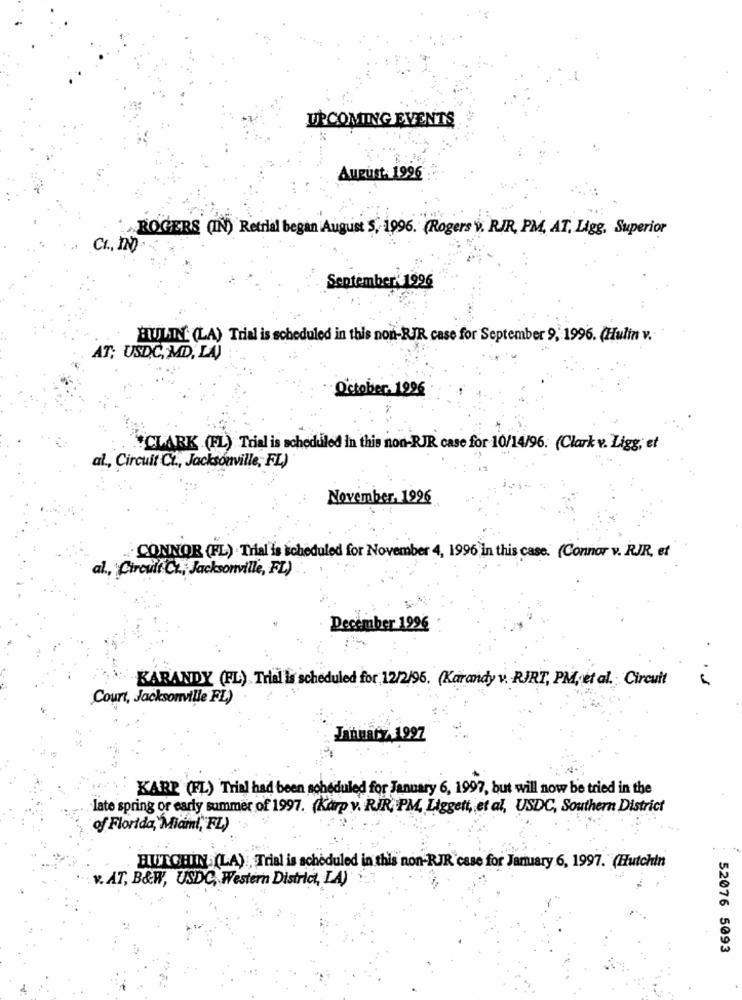
URCOMING EVENTS
August. 1996
ROGERS (IN) Retrial began August 5, 1996. (Rogers v. RJR, PM, AT, Ligg, Superior
Cr ., IND
September: 1996
BULIN (LA) Trial is scheduled in this non-RJR case for September 9, 1996. (Hulin v.
AT; USDC, MD, LA)
October. 1996
."CLARK (FL) Trial is scheduled in this non-RJR case for 10/14/96. (Clark v. Ligg, et
al ., Circuit Ci ., Jacksonville, FL)
November, 1996
CONNOR (FL) Trial 's scheduled for November 4, 1996 in this case. (Connor v. RJR, et
al ., Circuit Ch ., Jacksonville, FL)
December 1996
-KARANDY (FL). Trial Is scheduled for 12/2/96. (Karandy v. RJRT, PM, et al. Circuit
Court, Jacksonville FL)
January 1997
KARP (FL) Trial had been scheduled for January 6, 1997, but will now be tried in the
late spring or early summer of 1997. (Karp v. RIR, PM, Liggett, et al, USDC, Southern District
of Florida, Miami, FL)
HUTCHIN (LA) , Trial is scheduled in this non-RIR case for January 6, 1997. (Hutchin
v. AT, B&W, USDC, Western District, LA)
52076 5093